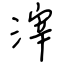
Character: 滓